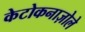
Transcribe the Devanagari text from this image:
केटोकनाज़ोले